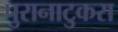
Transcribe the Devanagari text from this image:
पुरानाटुकरा